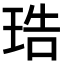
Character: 𤥢